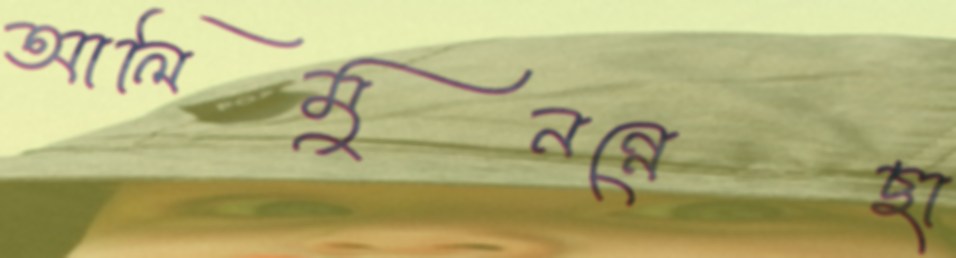
আলিমুনন্নেছা